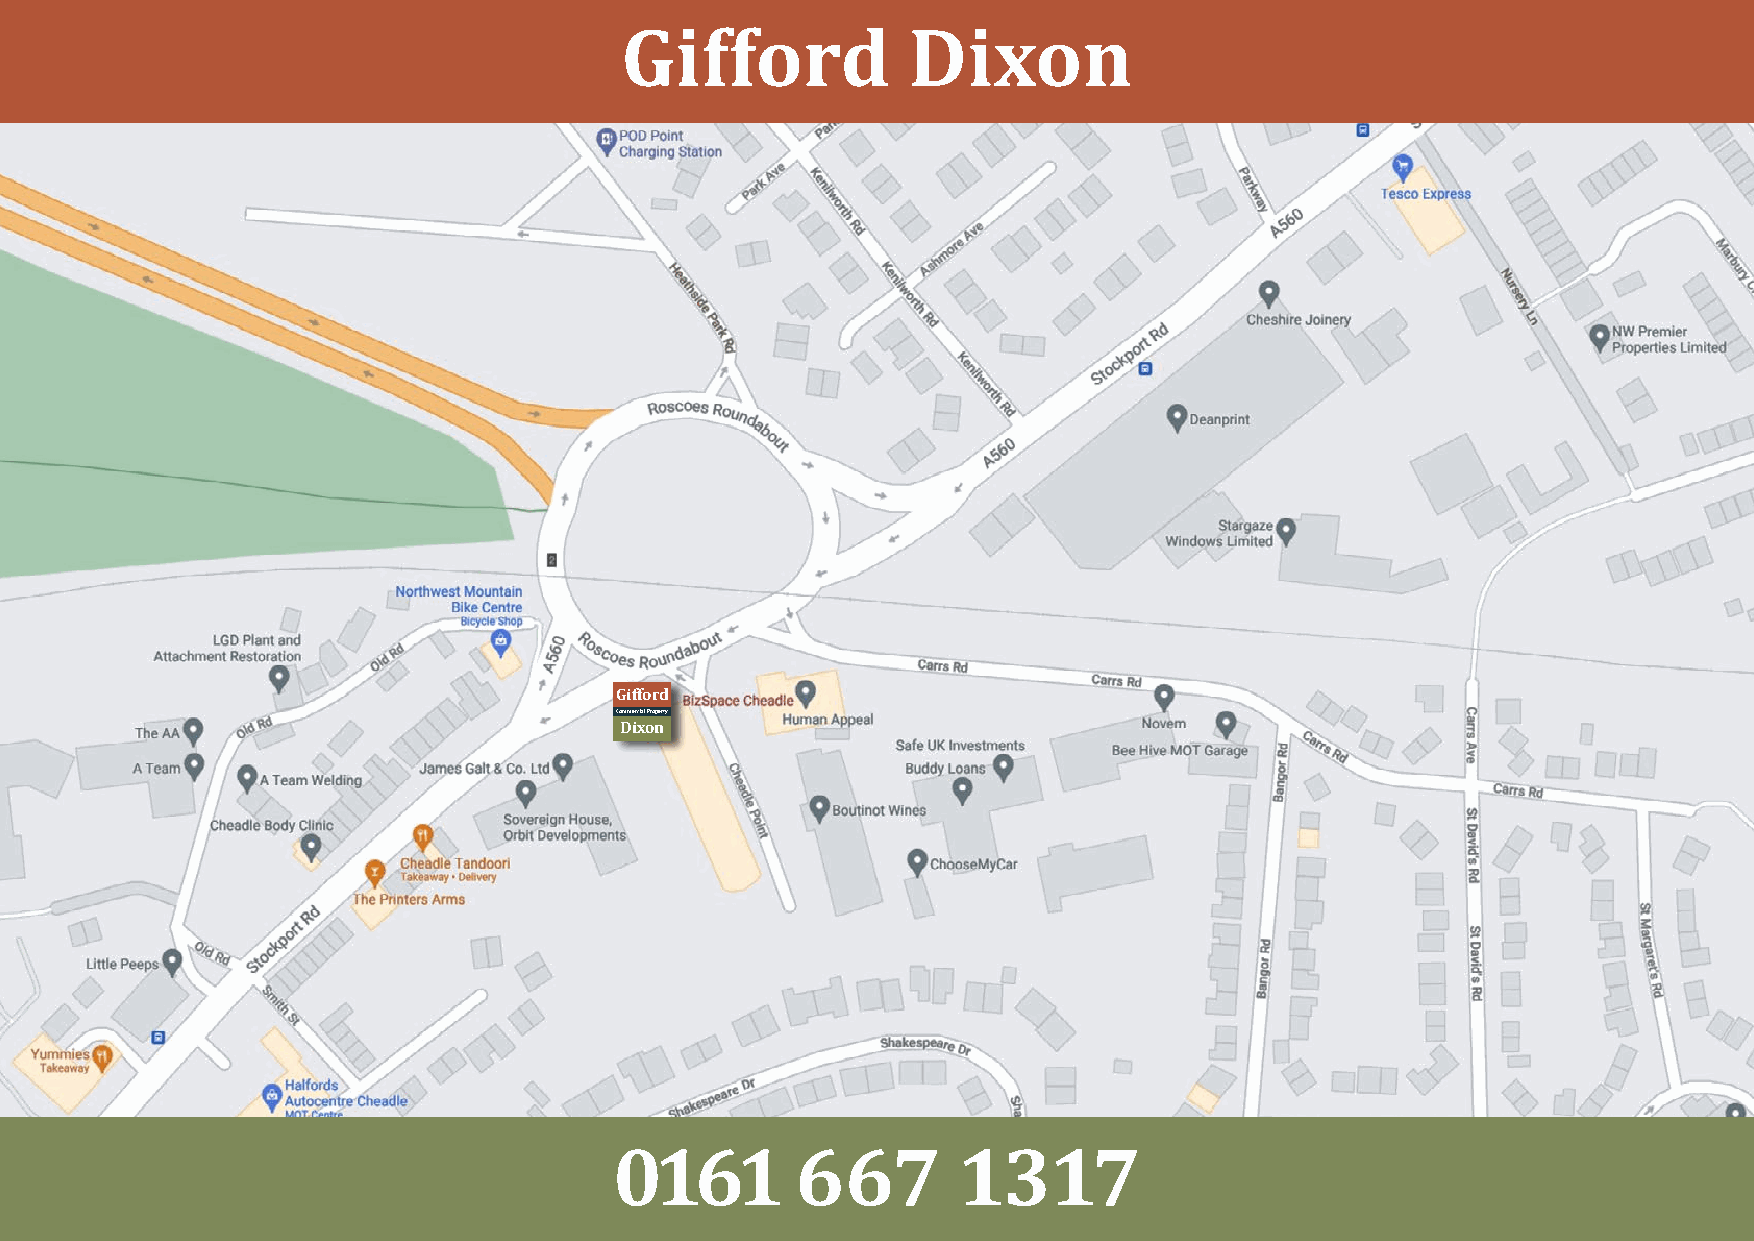
Gifford            Dixon
 W
 Gifford
 Commercial Property
 Dixon
 Important Notice: Gifford Dixon Commercial Property for themselves and for the vendor(s) or lessor(s) of this property, whose agents they are, give notice that these particulars do not constitute, nor constitute any part of, an offer of contract. None of the statements contained in these particulars as to the property are to be relied on as statements of
 fact. Any intending purchasers/tenants must satisfy themselves by inspection or otherwise as to the correctness of each of the statements contained in these particulars. The Vendor(s) or lessor(s) do not make or give and neither Gifford Dixon Commercial Property nor any person in their employment has any authority to make or give any representation
 or warranty whatsoever in relation to this property. Finances Act 1989. Unless otherwise stated, all prices and rents are quoted exclusive of VAT.
 0161        667       1317